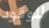
للوقود